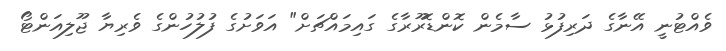
ވެއްޓުނީ އޭނާގެ ދަރިފުޅު ސާމެން ކޮންޑޮރޫރާގެ ގައިމައްޗަށް" އަވަށުގެ ފުލުހުންގެ ވެރިޔާ ޖޫލިއަންޓޯ